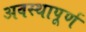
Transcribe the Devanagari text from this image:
अवस्थापूर्ण